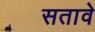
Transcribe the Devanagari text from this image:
सतावे